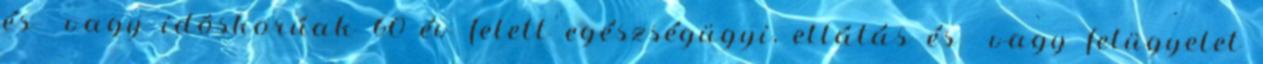
és vagy idõskorúak 60 év felett egészségügyi, ellátás és vagy felügyelet